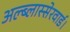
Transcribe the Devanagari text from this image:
अल्ब्लास्सेरवार्ड।